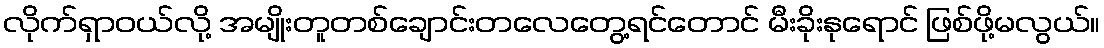
လိုက်ရှာဝယ်လို့ အမျိုးတူတစ်ချောင်းတလေတွေ့ရင်တောင် မီးခိုးနုရောင် ဖြစ်ဖို့မလွယ်။